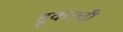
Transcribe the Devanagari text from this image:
हूकरची